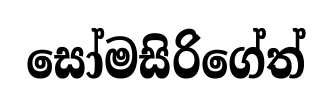
සෝමසිරිගේත්